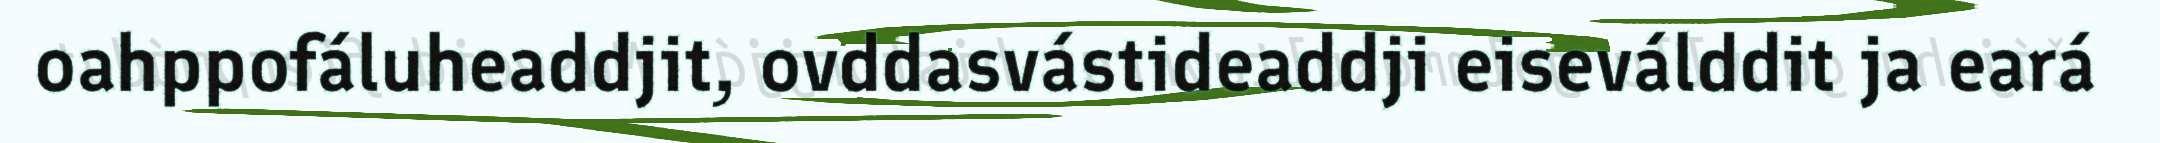
oahppofáluheaddjit, ovddasvástideaddji eiseválddit ja eará